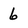
Character: 6